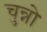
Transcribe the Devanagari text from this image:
चुन्नो